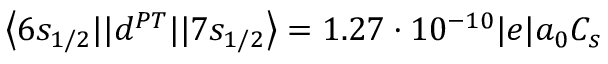
\left\langle 6 s _ { 1 / 2 } | | d ^ { P T } | | 7 s _ { 1 / 2 } \right\rangle = 1 . 2 7 \cdot 1 0 ^ { - 1 0 } | e | a _ { 0 } C _ { s }